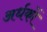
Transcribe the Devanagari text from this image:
अर्धकों